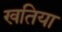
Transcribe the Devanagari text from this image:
खतिया